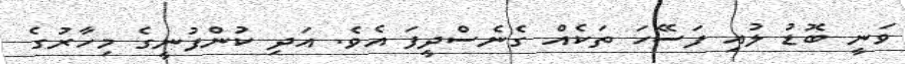
ވަނީ ބޮޑު ލުއި ފަސޭހަ ތަކެއް ގެނެސްދީފަ އެވެ. އަދި ކުންފުނީގެ މިހާރުގެ